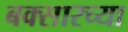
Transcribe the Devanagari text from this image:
बक्सारच्या